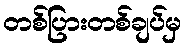
တစ်ပြားတစ်ချပ်မှ